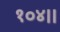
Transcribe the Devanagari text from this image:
१०४।।